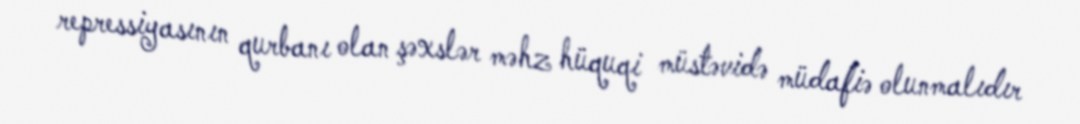
repressiyasının qurbanı olan şəxslər məhz hüquqi müstəvidə müdafiə olunmalıdır